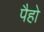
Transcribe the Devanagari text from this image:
पैहो